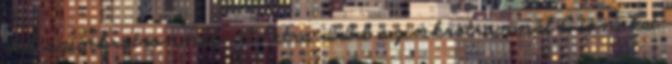
II szinkrotronnál . A Petra III szinkrotronnál C ionokat